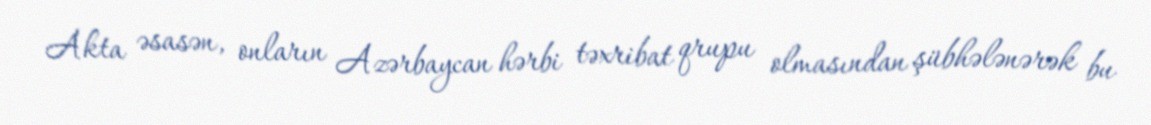
Akta əsasən, onların Azərbaycan hərbi təxribat qrupu olmasından şübhələnərək bu